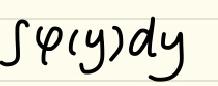
\(\int\varphi(y)dy\)